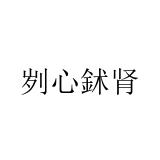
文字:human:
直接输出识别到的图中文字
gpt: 刿心鉥肾